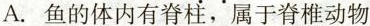
A.鱼的体内有脊柱，属于脊椎动物